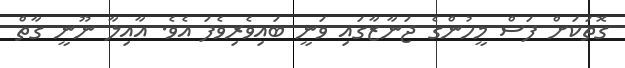
ގޮތަކަށް ފަސް މީހުންގެ ޖަނާޒާގައި ވަނީ ބައިވެރިވެފަ އެވެ. އާއިލާ ނޫނީ ގާތް